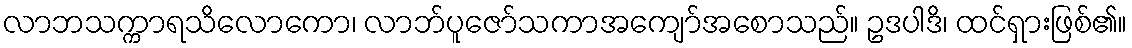
လာဘသက္ကာရသိလောကော၊ လာဘ်ပူဇော်သကာအကျော်အစောသည်။ ဥဒပါဒိ၊ ထင်ရှားဖြစ်၏။